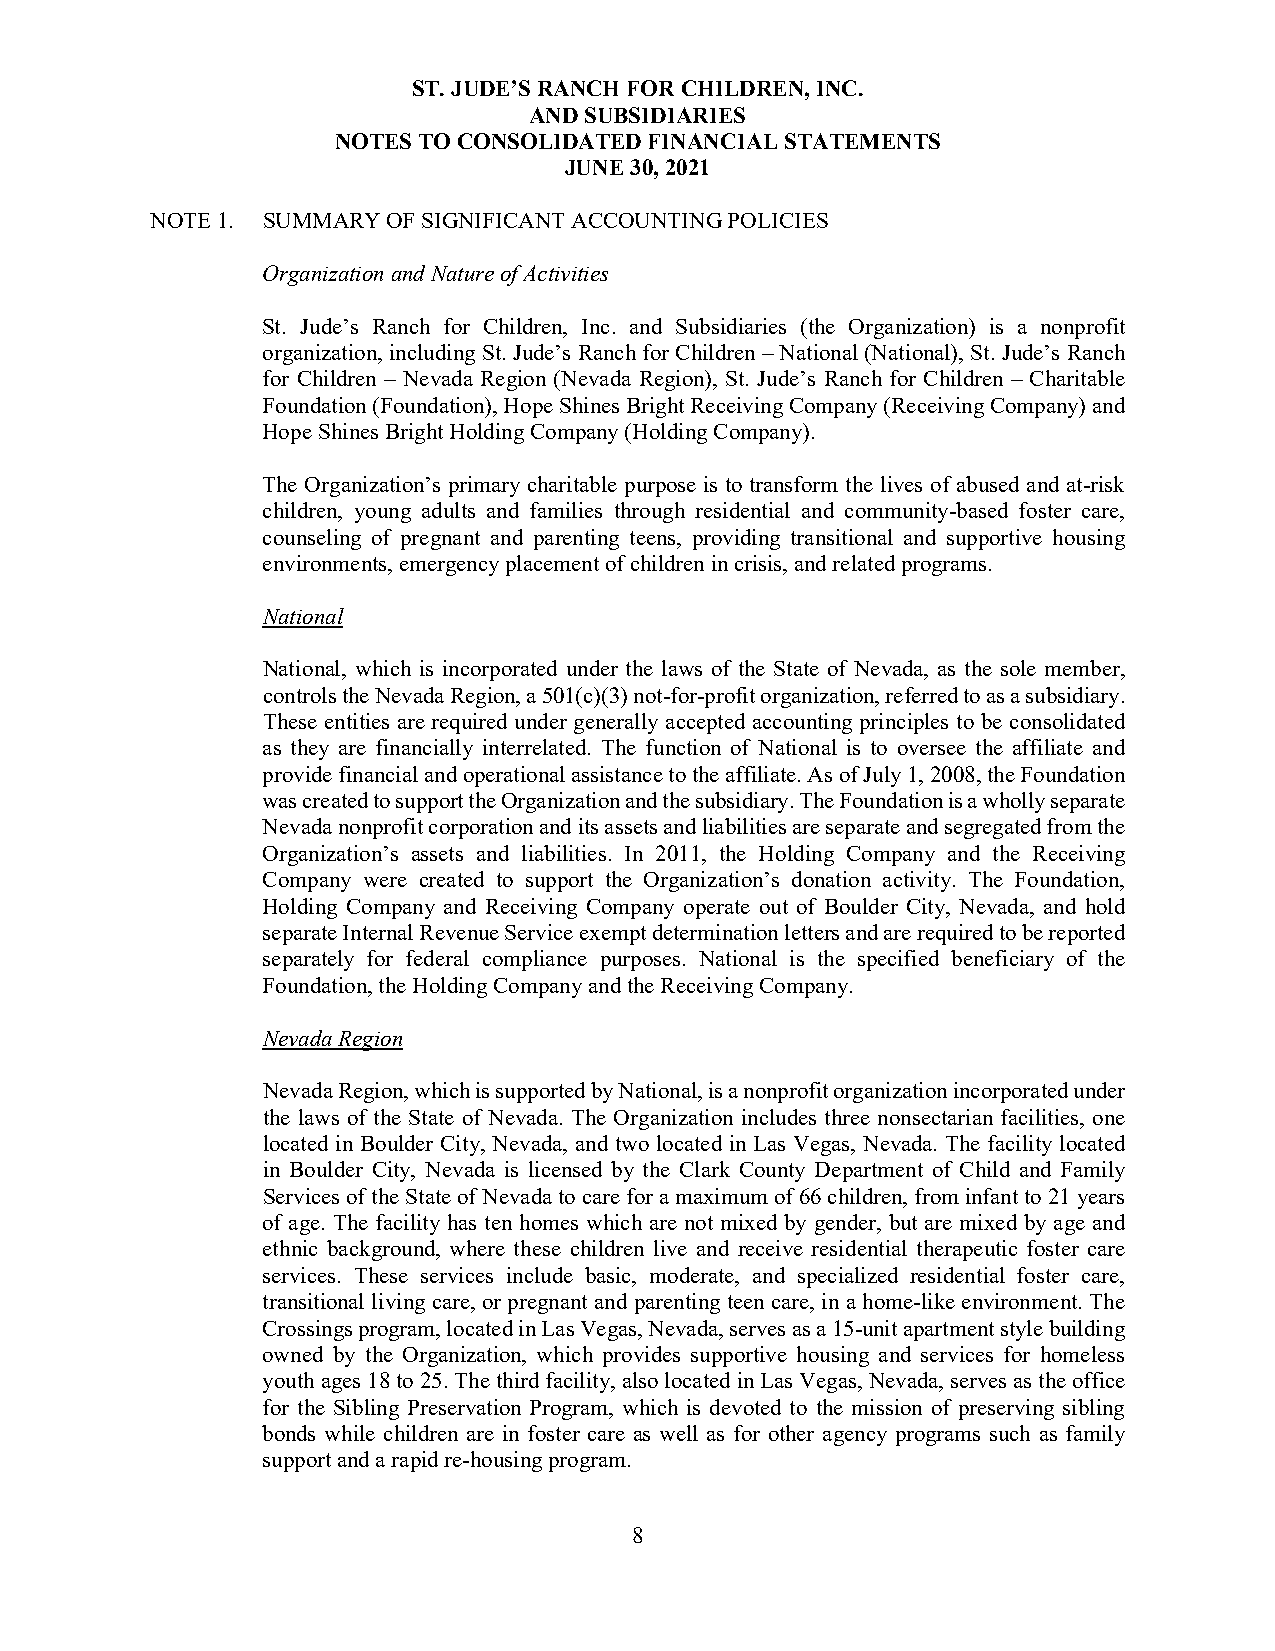
ST. JUDE’S RANCH FOR CHILDREN, INC.
 AND SUBSIDIARIES
 NOTES TO CONSOLIDATED FINANCIAL STATEMENTS
 JUNE 30, 2021
 NOTE 1. SUMMARY OF SIGNIFICANT ACCOUNTING POLICIES
 Organization and Nature of Activities
 St. Jude’s Ranch for Children, Inc. and Subsidiaries (the Organization) is a nonprofit
 organization, including St. Jude’s Ranch for Children – National (National), St. Jude’s Ranch
 for Children – Nevada Region (Nevada Region), St. Jude’s Ranch for Children – Charitable
 Foundation (Foundation), Hope Shines Bright Receiving Company (Receiving Company) and
 Hope Shines Bright Holding Company (Holding Company).
 The Organization’s primary charitable purpose is to transform the lives of abused and at-risk
 children, young adults and families through residential and community-based foster care,
 counseling of pregnant and parenting teens, providing transitional and supportive housing
 environments, emergency placement of children in crisis, and related programs.
 National
 National, which is incorporated under the laws of the State of Nevada, as the sole member,
 controls the Nevada Region, a 501(c)(3) not-for-profit organization, referred to as a subsidiary.
 These entities are required under generally accepted accounting principles to be consolidated
 as they are financially interrelated. The function of National is to oversee the affiliate and
 provide financial and operational assistance to the affiliate. As of July 1, 2008, the Foundation
 was created to support the Organization and the subsidiary. The Foundation is a wholly separate
 Nevada nonprofit corporation and its assets and liabilities are separate and segregated from the
 Organization’s assets and liabilities. In 2011, the Holding Company and the Receiving
 Company were created to support the Organization’s donation activity. The Foundation,
 Holding Company and Receiving Company operate out of Boulder City, Nevada, and hold
 separate Internal Revenue Service exempt determination letters and are required to be reported
 separately for federal compliance purposes. National is the specified beneficiary of the
 Foundation, the Holding Company and the Receiving Company.
 Nevada Region
 Nevada Region, which is supported by National, is a nonprofit organization incorporated under
 the laws of the State of Nevada. The Organization includes three nonsectarian facilities, one
 located in Boulder City, Nevada, and two located in Las Vegas, Nevada. The facility located
 in Boulder City, Nevada is licensed by the Clark County Department of Child and Family
 Services of the State of Nevada to care for a maximum of 66 children, from infant to 21 years
 of age. The facility has ten homes which are not mixed by gender, but are mixed by age and
 ethnic background, where these children live and receive residential therapeutic foster care
 services. These services include basic, moderate, and specialized residential foster care,
 transitional living care, or pregnant and parenting teen care, in a home-like environment. The
 Crossings program, located in Las Vegas, Nevada, serves as a 15-unit apartment style building
 owned by the Organization, which provides supportive housing and services for homeless
 youth ages 18 to 25. The third facility, also located in Las Vegas, Nevada, serves as the office
 for the Sibling Preservation Program, which is devoted to the mission of preserving sibling
 bonds while children are in foster care as well as for other agency programs such as family
 support and a rapid re-housing program.
 8